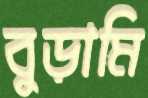
বুড়ামি